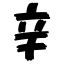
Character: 辛